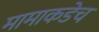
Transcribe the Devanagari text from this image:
मामाकडेच